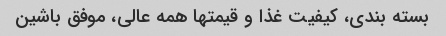
بسته بندی، کیفیت غذا و قیمتها همه عالی، موفق باشین